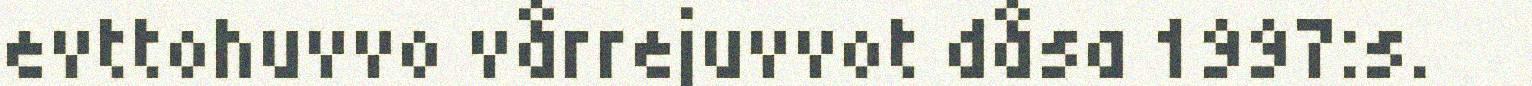
evttohuvvo vårrejuvvot dåsa 1997:s.